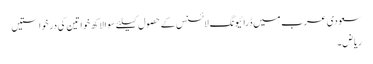
سعودی عرب میں ڈرائیونگ لائسنس کے حصول کیلئے سوا لاکھ خواتین کی درخواستیں
ریاض ۔